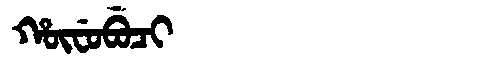
Manchu: ᡥᡡᠸᡠᠪᡠᠴᡳ
Romanization: HŪFUBUCI